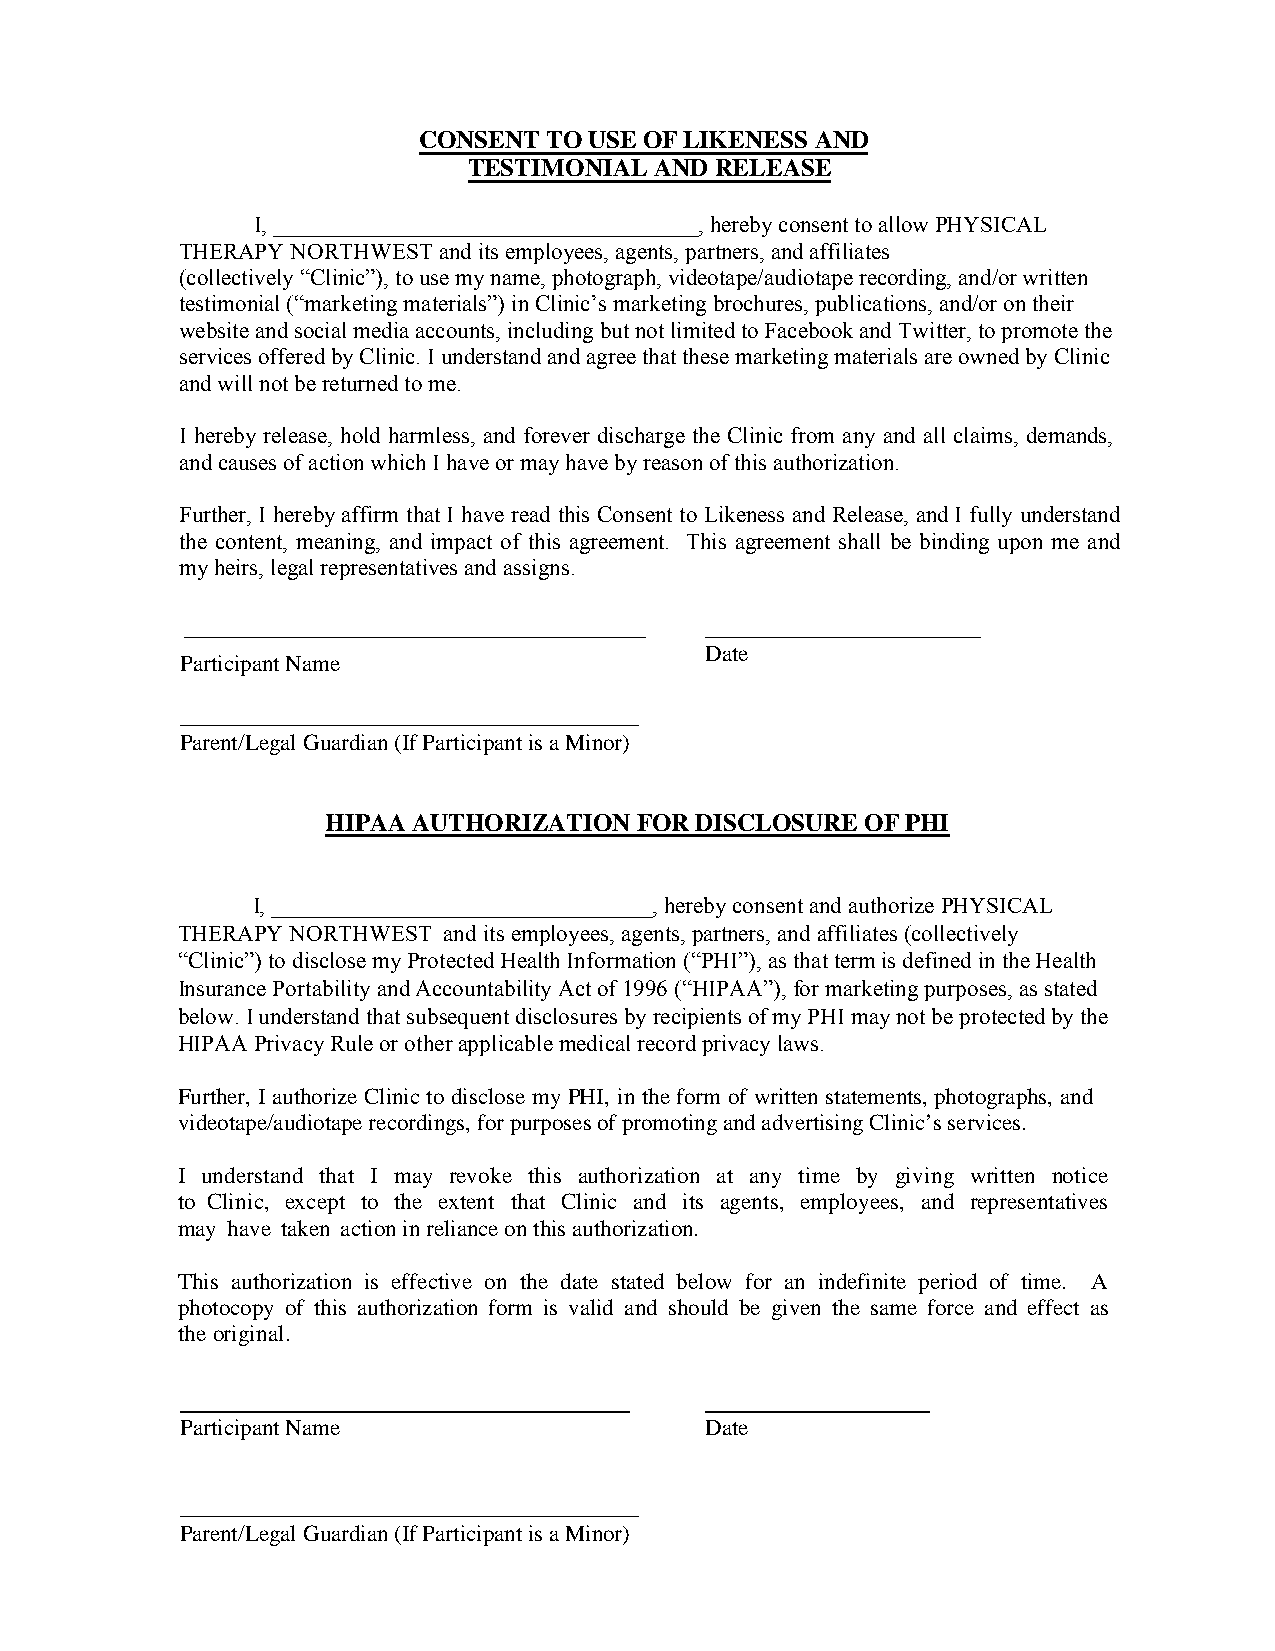
CONSENT TO USE OF LIKENESS AND
 TESTIMONIAL AND RELEASE
 I, _____________________________________, hereby consent to allow PHYSICAL
 THERAPY NORTHWEST and its employees, agents, partners, and affiliates
 (collectively “Clinic”), to use my name, photograph, videotape/audiotape recording, and/or written
 testimonial (“marketing materials”) in Clinic’s marketing brochures, publications, and/or on their
 website and social media accounts, including but not limited to Facebook and Twitter, to promote the
 services offered by Clinic. I understand and agree that these marketing materials are owned by Clinic
 and will not be returned to me.
 I hereby release, hold harmless, and forever discharge the Clinic from any and all claims, demands,
 and causes of action which I have or may have by reason of this authorization.
 Further, I hereby affirm that I have read this Consent to Likeness and Release, and I fully understand
 the content, meaning, and impact of this agreement. This agreement shall be binding upon me and
 my heirs, legal representatives and assigns.
 ________________________________________ ________________________
 Date
 Participant Name
 ________________________________________
 Parent/Legal Guardian (If Participant is a Minor)
 HIPAA AUTHORIZATION FOR DISCLOSURE OF PHI
 I, _________________________________, hereby consent and authorize PHYSICAL
 THERAPY NORTHWEST and its employees, agents, partners, and affiliates (collectively
 “Clinic”) to disclose my Protected Health Information (“PHI”), as that term is defined in the Health
 Insurance Portability and Accountability Act of 1996 (“HIPAA”), for marketing purposes, as stated
 below. I understand that subsequent disclosures by recipients of my PHI may not be protected by the
 HIPAA Privacy Rule or other applicable medical record privacy laws.
 Further, I authorize Clinic to disclose my PHI, in the form of written statements, photographs, and
 videotape/audiotape recordings, for purposes of promoting and advertising Clinic’s services.
 I understand that I may revoke this authorization at any time by giving written notice
 to Clinic, except to the extent that Clinic and its agents, employees, and representatives
 may have taken action in reliance on this authorization.
 This authorization is effective on the date stated below for an indefinite period of time. A
 photocopy of this authorization form is valid and should be given the same force and effect as
 the original.
 Participant Name                   Date
 ________________________________________
 Parent/Legal Guardian (If Participant is a Minor)